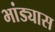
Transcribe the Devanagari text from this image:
भांड्यास